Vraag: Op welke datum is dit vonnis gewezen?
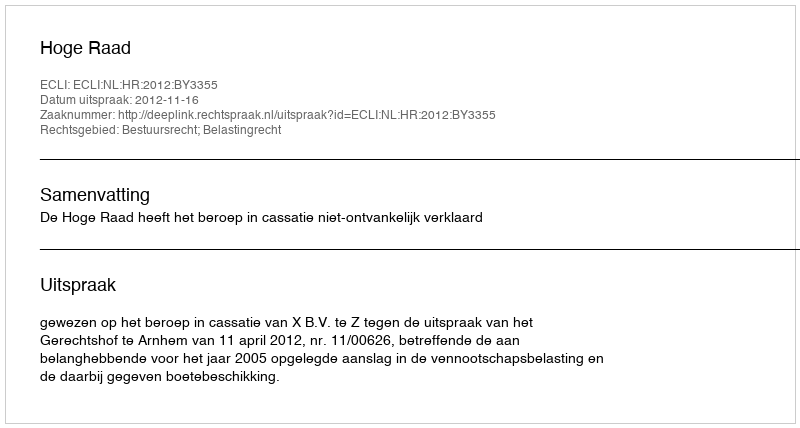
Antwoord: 2012-11-16